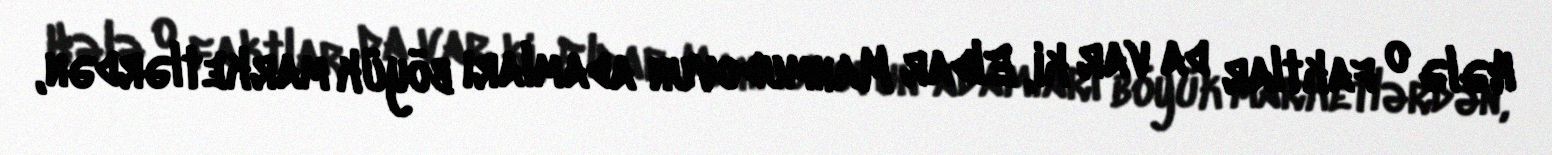
Hələ o faktlar da var ki, Eldar Mahmudovun adamları böyük marketlərdən,